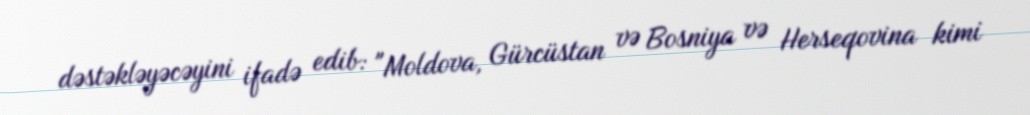
dəstəkləyəcəyini ifadə edib: "Moldova, Gürcüstan və Bosniya və Herseqovina kimi